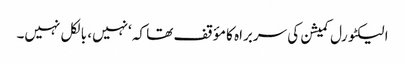
الیکٹورل کمیشن کی سربراہ کا مؤقف تھا کہ ‘نہیں، بالکل نہیں۔